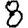
Digit: 8